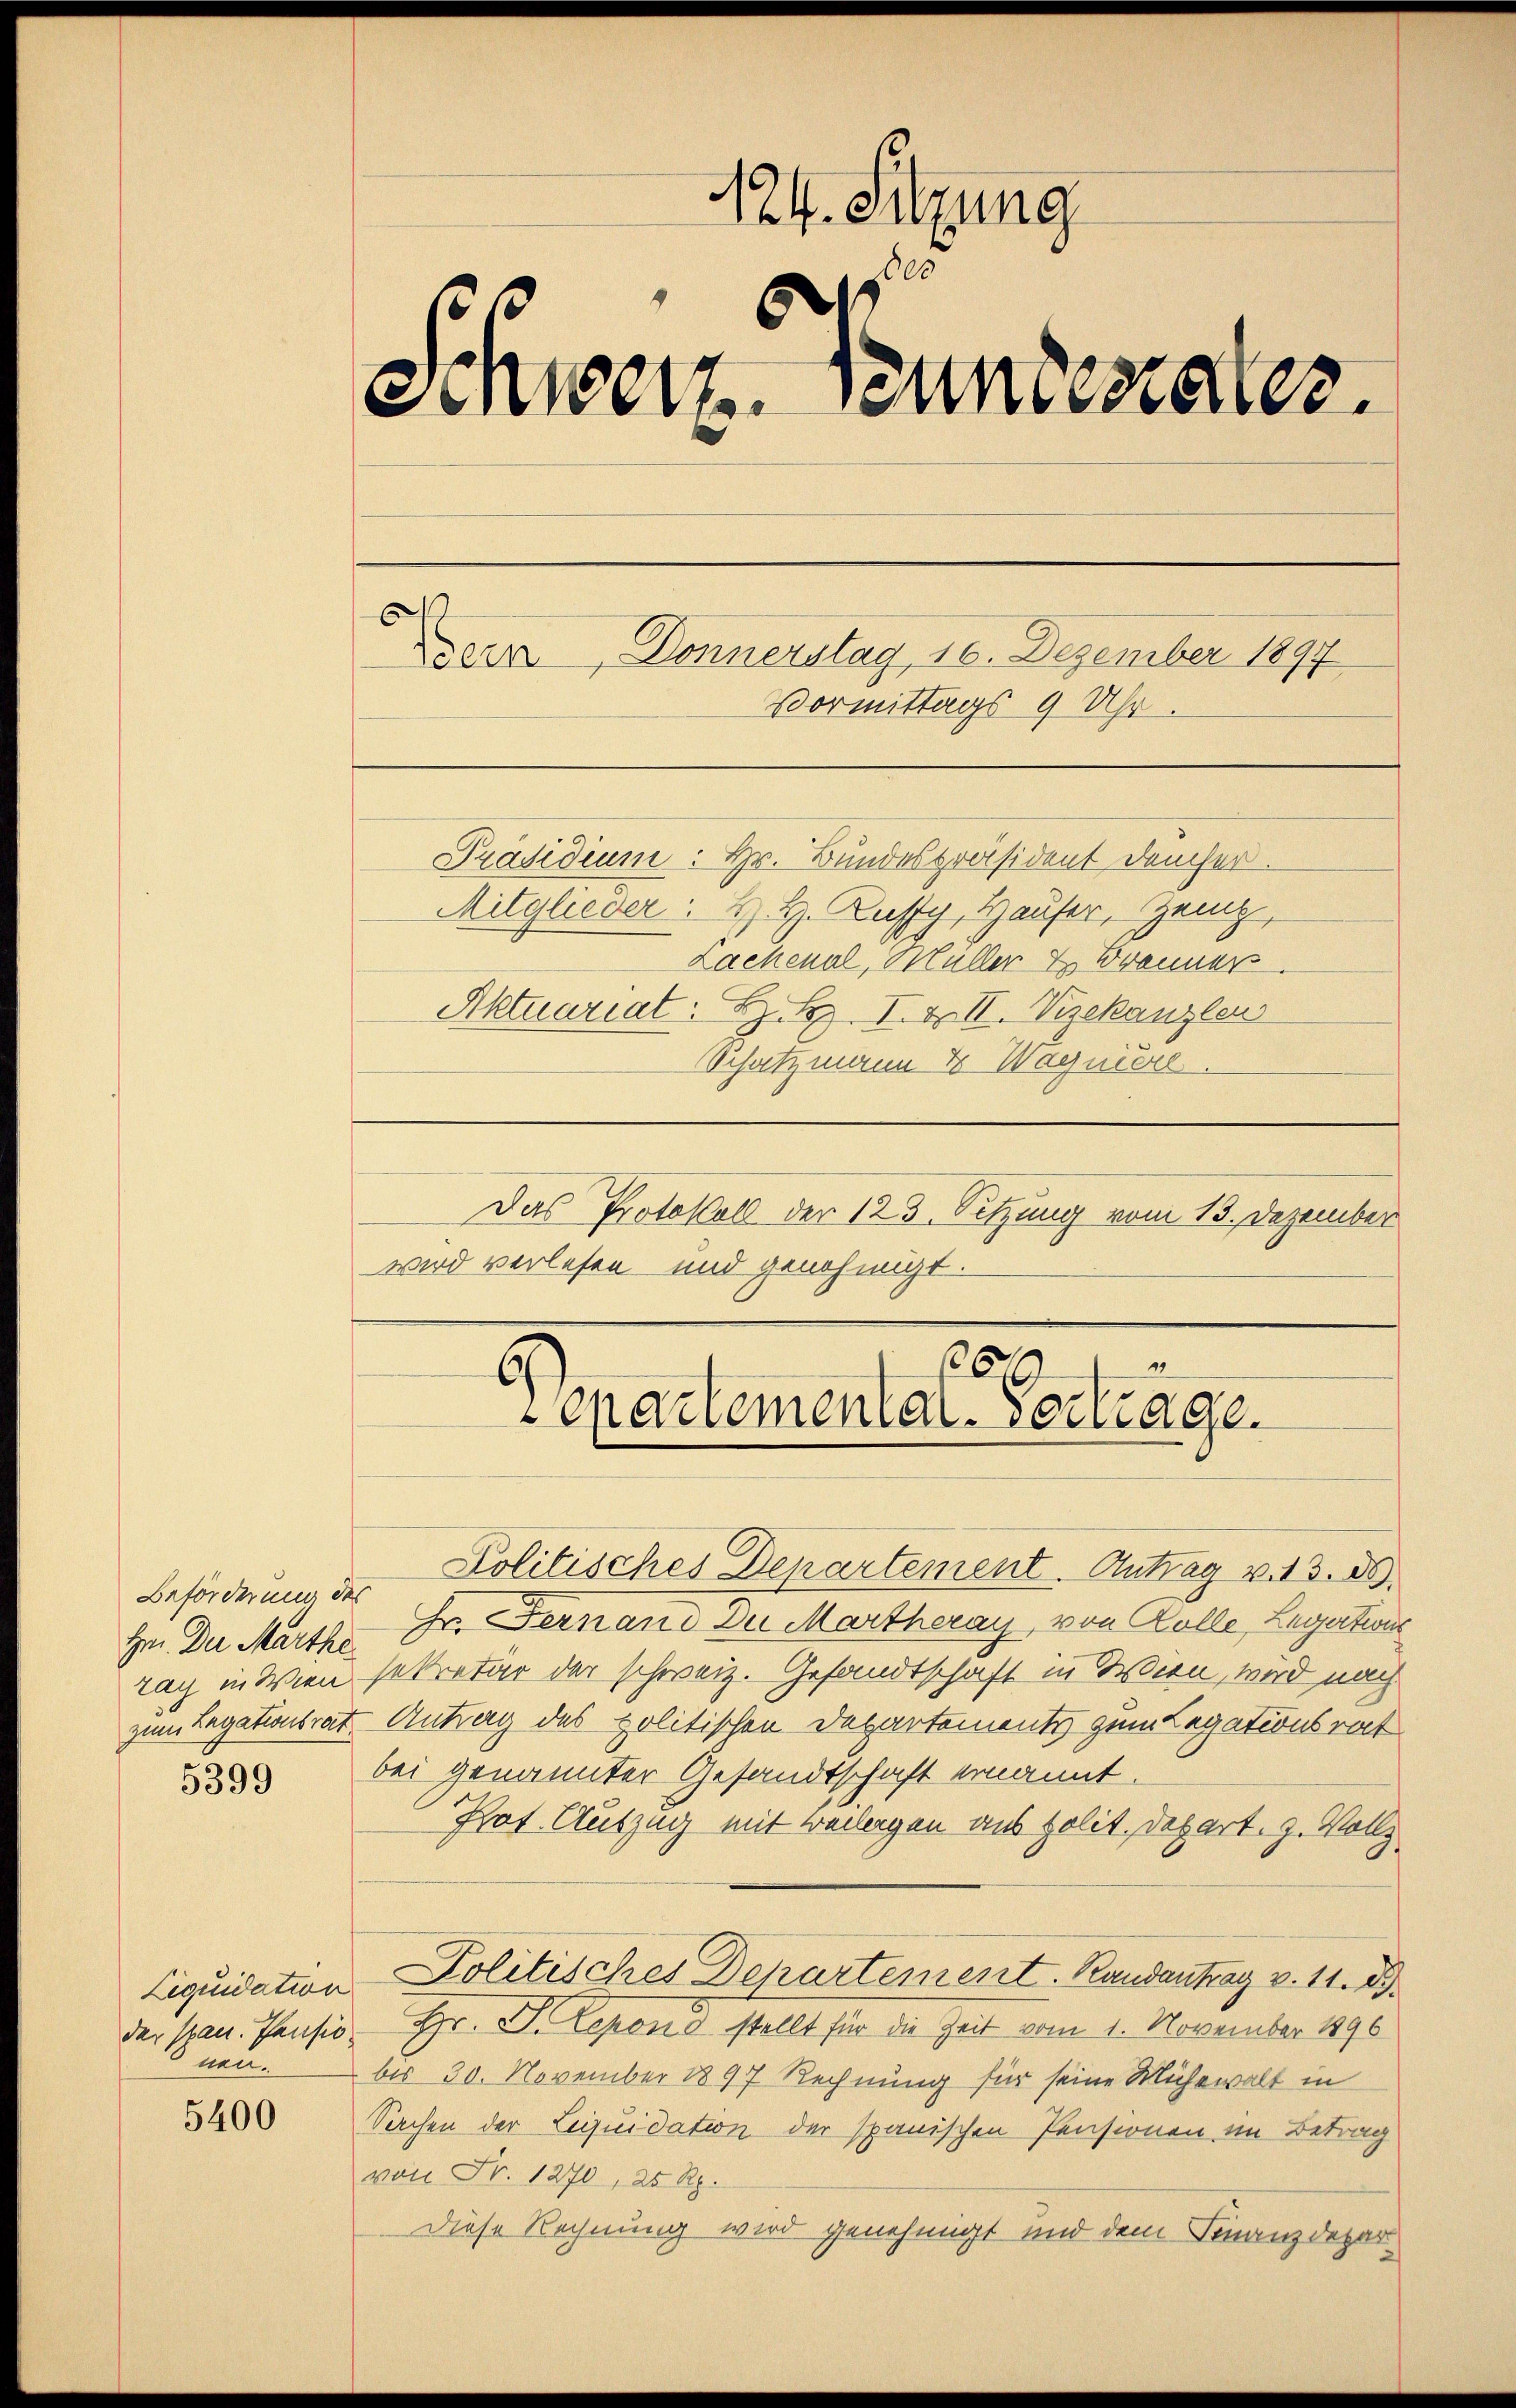
Beförderung des
Hr. Der Marthe
zag in Wien

5399

neu.

5400

124. Sitzung
0
Sinweiz. Seinerales.
s
err Donnerstag, 16. Dezember 1897
Vormittags 9 Uhr.
Präsidium: Hr. Bundespräsident dancher.
Mitglieder: H. H. Kussy, Hauser, Zeig,
Lachenal, Müller & Brenner
Aktuariat. Z. B. I. & II. Vizekanzlen

Schatzmann 4 Wagniere
Das Protokoll der 125. Sitzung vom 13. Dezember
wird verlesen und genehmigt.

1
6
Cepartemental-Vortrage.

Kolitisches Departement. Antrag v. 13. 89.
Hr. Fernand Du Martheray von Kolle, Legatione
sekretär der schweiz. Gesandtschaft in Wien, wird nach
zum Legationsrat Antrag des politischen Departements zum Legationsrat
bei genannter Gesandtschaft ernannt.
Pot. Auszug mit Beilegen aus polit. Depart. 9. Vollz
Liquidation Politisches Departement. Randantrag v. 11. 89.
der span. Pensio, Hr. Dr. Lepono stellt für die Zeit vom 1. November 1896
bis 30. November 1897 Rechnung für seine Mühewalt in
Sachen der Liquidation der spanischen Pensionen im Betrag
von Fr. 1270, 25 Rp.
Diese Rechnung wird genehmigt und dem Finanzdepar¬